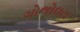
ગોલોઇસ